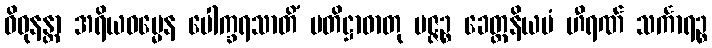
ဝိဓုနန္တာ အရိယဓမ္မေန ပေါက္ခရသာတိံ ပတိဋ္ဌာဓာတု မဇ္ဇဉ္စ ခေတ္တနိယမံ ဟီရဏ် သင်္ကာရဉ္စ